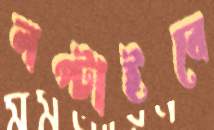
লপ্‌টাইবে